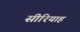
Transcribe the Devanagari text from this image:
सीरियाह